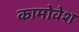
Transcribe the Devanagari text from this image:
कामोवेश